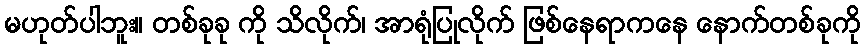
မဟုတ်ပါဘူး။ တစ်ခုခု ကို သိလိုက်၊ အာရုံပြုလိုက် ဖြစ်နေရာကနေ နောက်တစ်ခုကို